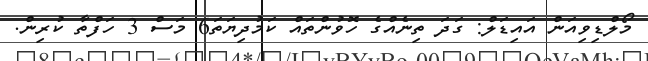
މޯލްޑިވިއަން އައިޑަލް: ގަދަ ތިނެއްގެ ހޮވުންތައް ކަމުދިޔަތަ6 މަސް 3 ހަފްތާ ކުރިން.